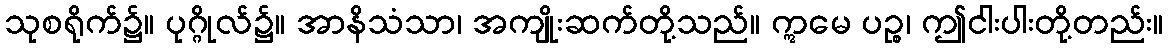
သုစရိုက်၌။ ပုဂ္ဂိုလ်၌။ အာနိသံသာ၊ အကျိုးဆက်တို့သည်။ ဣမေ ပဉ္စ၊ ဤငါးပါးတို့တည်း။